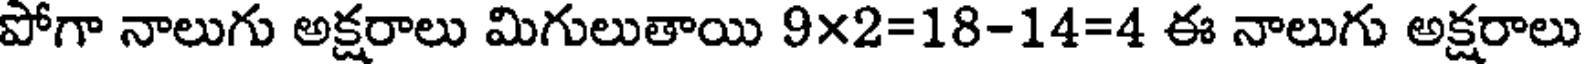
పోగా నాలుగు అక్షరాలు మిగులుతాయి 9x2=18-14=4 ఈ నాలుగు అక్షరాలు